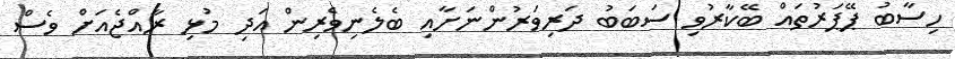
ހިސާބު ޕޭޕަރުތައް ބޭކާރުވި ސަބަބު ދަރިވަރުންނަށާއި ބެލެނިވެރިން އަދި މުޅި ރާއްޖެއަށް ވެސް